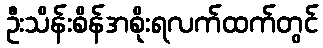
ဦးသိန်းစိန်အစိုးရလက်ထက်တွင်